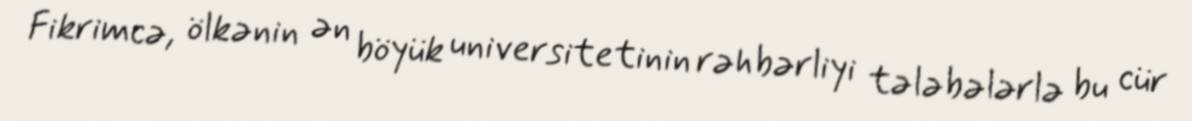
Fikrimcə, ölkənin ən böyük universitetinin rəhbərliyi tələbələrlə bu cür